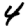
Digit: 4